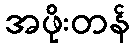
အဖိုးတန်